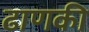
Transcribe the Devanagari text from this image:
ढाणकी